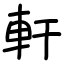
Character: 軒